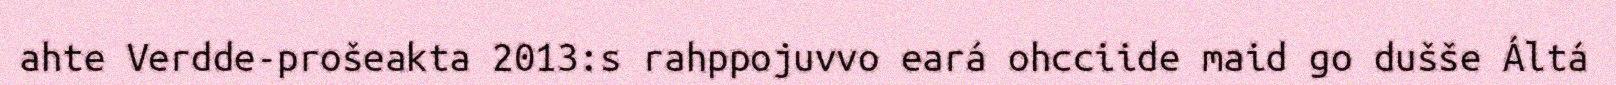
ahte Verdde-prošeakta 2013:s rahppojuvvo eará ohcciide maid go dušše Áltá